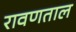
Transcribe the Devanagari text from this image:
रावणताल